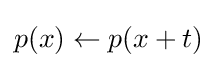
p(x)\gets p(x+t)